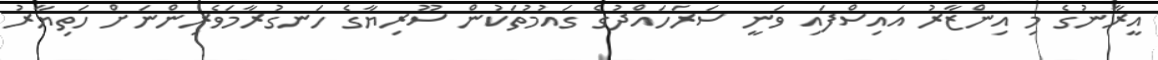
އީރާނުގެ މި އިންޒާރު އައިސްފައި ވަނީ ސަރަހައްދުގެ ގައުމުތަކުން ސޫރިޔާގެ ހަނގުރާމަވެރިންނަށް ހަތިޔާރު